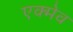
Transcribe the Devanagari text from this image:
एक्मेव